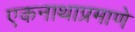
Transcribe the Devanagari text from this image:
एकनाथाप्रमाणे